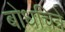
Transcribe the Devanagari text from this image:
बोधचित्रे